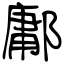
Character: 鄘